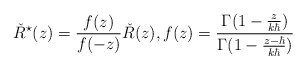
\begin{align*}\check R^\star(z)=\frac{f(z)}{f(-z)} \check R(z),f(z)=\frac{\Gamma(1-\frac{z}{k\hbar})}{\Gamma(1-\frac{z-\hbar}{k\hbar})}\end{align*}